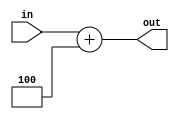
`timescale 1ns / 1ps

module adder_4 #(parameter size = 32)(
    input [size-1:0] in,
    output [size-1:0] out);
    
    assign out = in + 4;
endmodule